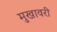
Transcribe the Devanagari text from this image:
मुखावरी